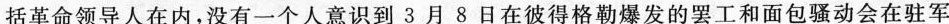
括革命领导人在内，没有一个人意识到3月8日在彼得格勒爆发的罢工和面包骚动会在驻军